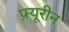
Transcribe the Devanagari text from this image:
फ़्यूरीन